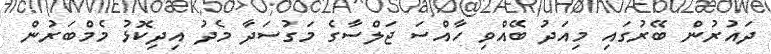
ދައުރުން ބޭރުގައި މިއަދު ބޭއްވި ހާއްސަ ޖަލްސާގެ މަގުސަދާ މެދު އިދިކޮޅު މެމްބަރުން